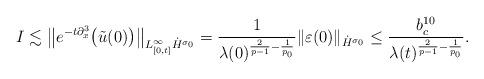
LaTeX: \begin{align*}I\lesssim\big{\|}e^{-t\partial_x^3}\big{(}\tilde{u}(0)\big{)}\big{\|}_{L_{[0,t]}^{\infty}\dot{H}^{\sigma_0}}=\frac{1}{\lambda(0)^{\frac{2}{p-1}-\frac{1}{p_0}}}\|\varepsilon(0)\|_{\dot{H}^{\sigma_0}}\leq \frac{b_c^{10}}{\lambda(t)^{\frac{2}{p-1}-\frac{1}{p_0}}}.\end{align*}